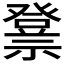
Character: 𱵫